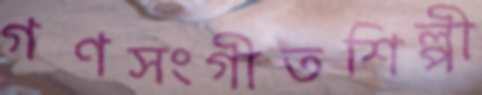
গণসংগীতশিল্পী